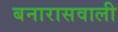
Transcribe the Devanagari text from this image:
बनारासवाली